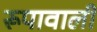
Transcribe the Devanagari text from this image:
रूपावाली